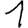
Digit: 1